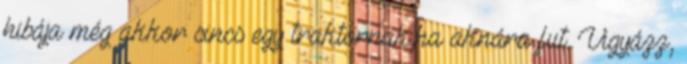
hibája még akkor sincs egy traktornak,ha aknára fut. Vigyázz,